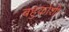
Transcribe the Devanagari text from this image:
बहुकोशी